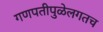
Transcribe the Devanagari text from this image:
गणपतीपुळेलगतच